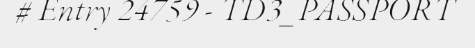
# Entry 24759 - TD3_PASSPORT